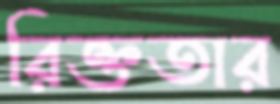
রিক্ততার